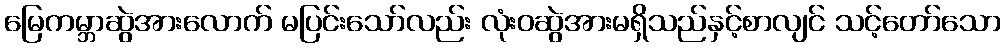
မြေကမ္ဘာဆွဲအားလောက် မပြင်းသော်လည်း လုံးဝဆွဲအားမရှိသည်နှင့်စာလျင် သင့်တော်သော